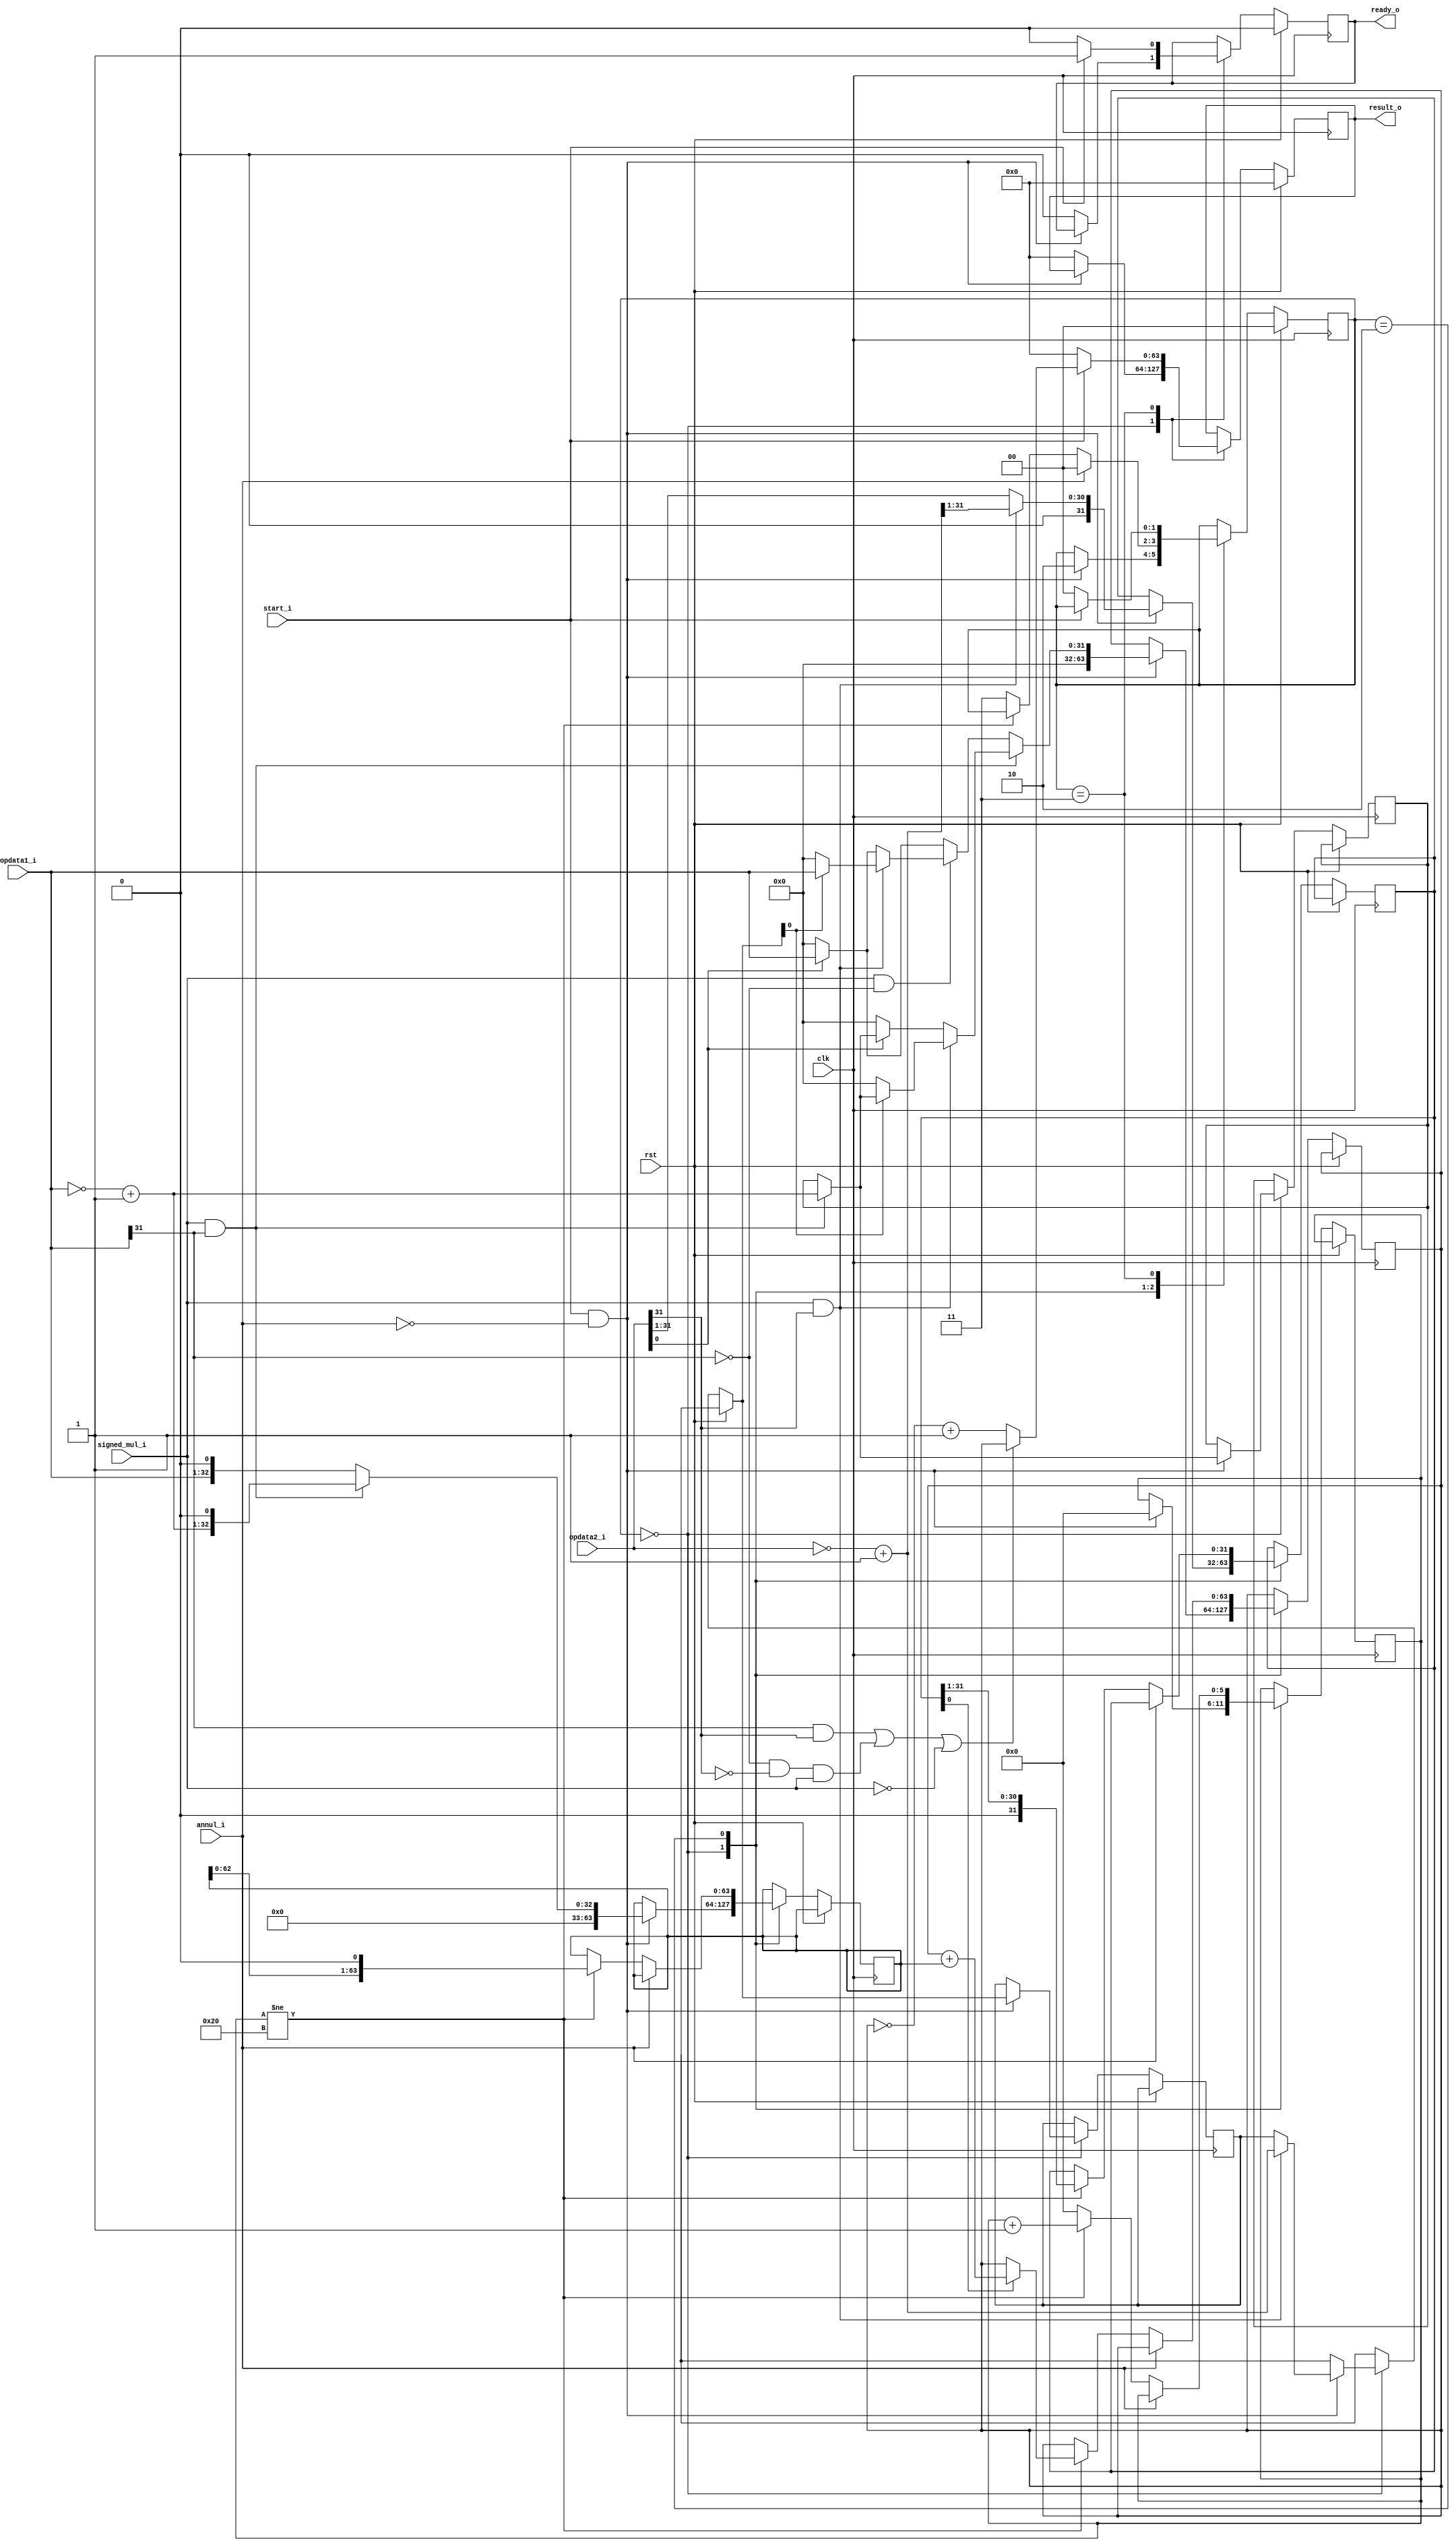
module mul_32(
    input wire rst,							//复位
	input wire clk,							//时钟
	input wire signed_mul_i,						//是否为有符号除法运算?1位有符号
	input wire[31:0] opdata1_i,				//被除?
	input wire[31:0] opdata2_i,				//除数
	input wire start_i,						///Ƿʼ˷
	input wire annul_i,						//Ƿȡ˷㣬1λȡ
	output reg signed [63:0] result_o,				//˷
	output reg ready_o						//˷Ƿ
    );
    
	reg [5:0] cnt;							//¼˷˼
	
	reg [1:0] state;						//˷ڵ״̬	??	
	
	reg[63:0] mult1_shift;
	reg[31:0] mult2_shift;
	reg[63:0] mult1_acc;
	reg[1:0]n_or_p;
	reg[31:0] neg1;
	reg[31:0] neg2;
	always @ (posedge clk) begin
		if (rst) begin
			state <= 2'b00;
			result_o <= {32'b0,32'b0};
			ready_o <= 1'b0;
			n_or_p<=2'b00;
		end else begin
			case(state)
			
				2'b00: begin			//
					if (start_i == 1'b1 && annul_i == 1'b0) begin
							state <= 2'b10;					
							cnt <= 6'b000000;
							if(signed_mul_i == 1'b1 && opdata1_i[31] == 1'b1) begin			///
								mult1_shift <= {32'b0,(~opdata1_i + 1)}<<1;
								n_or_p[0]<=1'b1;
								neg1=~opdata1_i + 1;
							end else begin
								mult1_shift <= {32'b0,opdata1_i}<<1;
							end
							if (signed_mul_i == 1'b1 && opdata2_i[31] == 1'b1 ) begin			//
								mult2_shift <= (~opdata2_i + 1)>>1;
								n_or_p[1]<=1'b1;
								neg2=~opdata2_i + 1;
							end else begin
								mult2_shift <= opdata2_i>>1;
							end
							if(signed_mul_i == 1'b1 &&opdata1_i[31] == 1'b1) begin			///
								if (signed_mul_i == 1'b1 &&opdata2_i[31] == 1'b1  ) begin			//
								   mult1_acc<=neg2[0]?{32'b0,neg1}:64'b0;
							    end else begin
							       mult1_acc<=opdata2_i[0]?{32'b0,neg1}:64'b0;
							    end
							end else if(signed_mul_i == 1'b1 &&opdata1_i[31] == 1'b0)begin
								if (signed_mul_i == 1'b1 &&opdata2_i[31] == 1'b1  ) begin			//
								mult1_acc<=neg2[0]?{32'b0,opdata1_i}:64'b0;
							    end else begin
							    mult1_acc<=opdata2_i[0]?{32'b0,opdata1_i}:64'b0;
							    end
							 end else begin
							    mult1_acc<=opdata2_i[0]?{32'b0,opdata1_i}:64'b0;
							 end
					   end else begin
						ready_o <= 1'b0;
						result_o <= {32'b0, 32'b0};
					end
				end
//							mult1_acc= 
//							           opdata2_i[0]?{32'b0,opdata1_i}:64'b0;
					
			
				
				2'b10: begin				
					if(annul_i == 1'b0) begin			//г˷
						if(cnt != 6'b100000) begin
							mult1_shift<=mult1_shift<<1;
							mult2_shift<=mult2_shift>>1;
							mult1_acc <=(mult2_shift[0]==1'b1)?(mult1_acc+mult1_shift):mult1_acc;
							cnt <= cnt +1;		//˷
						end	else begin
									   state <= 2'b11;
									   cnt <= 6'b000000;
									   end
					end else begin	
						state <= 2'b00;
					end
				end
				
				2'b11: begin			//˷
					result_o <= (((opdata1_i[31] == 1'b1&&opdata2_i[31] == 1'b1)||(opdata1_i[31] == 1'b0&&opdata2_i[31] == 1'b0)&&signed_mul_i == 1'b1)||signed_mul_i == 1'b0)?mult1_acc:(~mult1_acc+1);
					ready_o <= 1'b1;
					n_or_p<=2'b00;
					if (start_i == 1'b0) begin
						state <= 2'b00;
						ready_o <= 1'b0;
						result_o <= {32'b0, 32'b0};
						n_or_p<=2'b00;
					end
				end
				
			endcase
		end
	end

    
endmodule